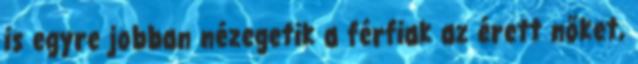
is egyre jobban nézegetik a férfiak az érett nőket,